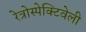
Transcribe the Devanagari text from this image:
रेत्रोस्पेक्टिवेली